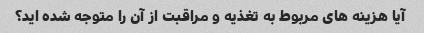
آیا هزینه های مربوط به تغذیه و مراقبت از آن را متوجه شده اید؟